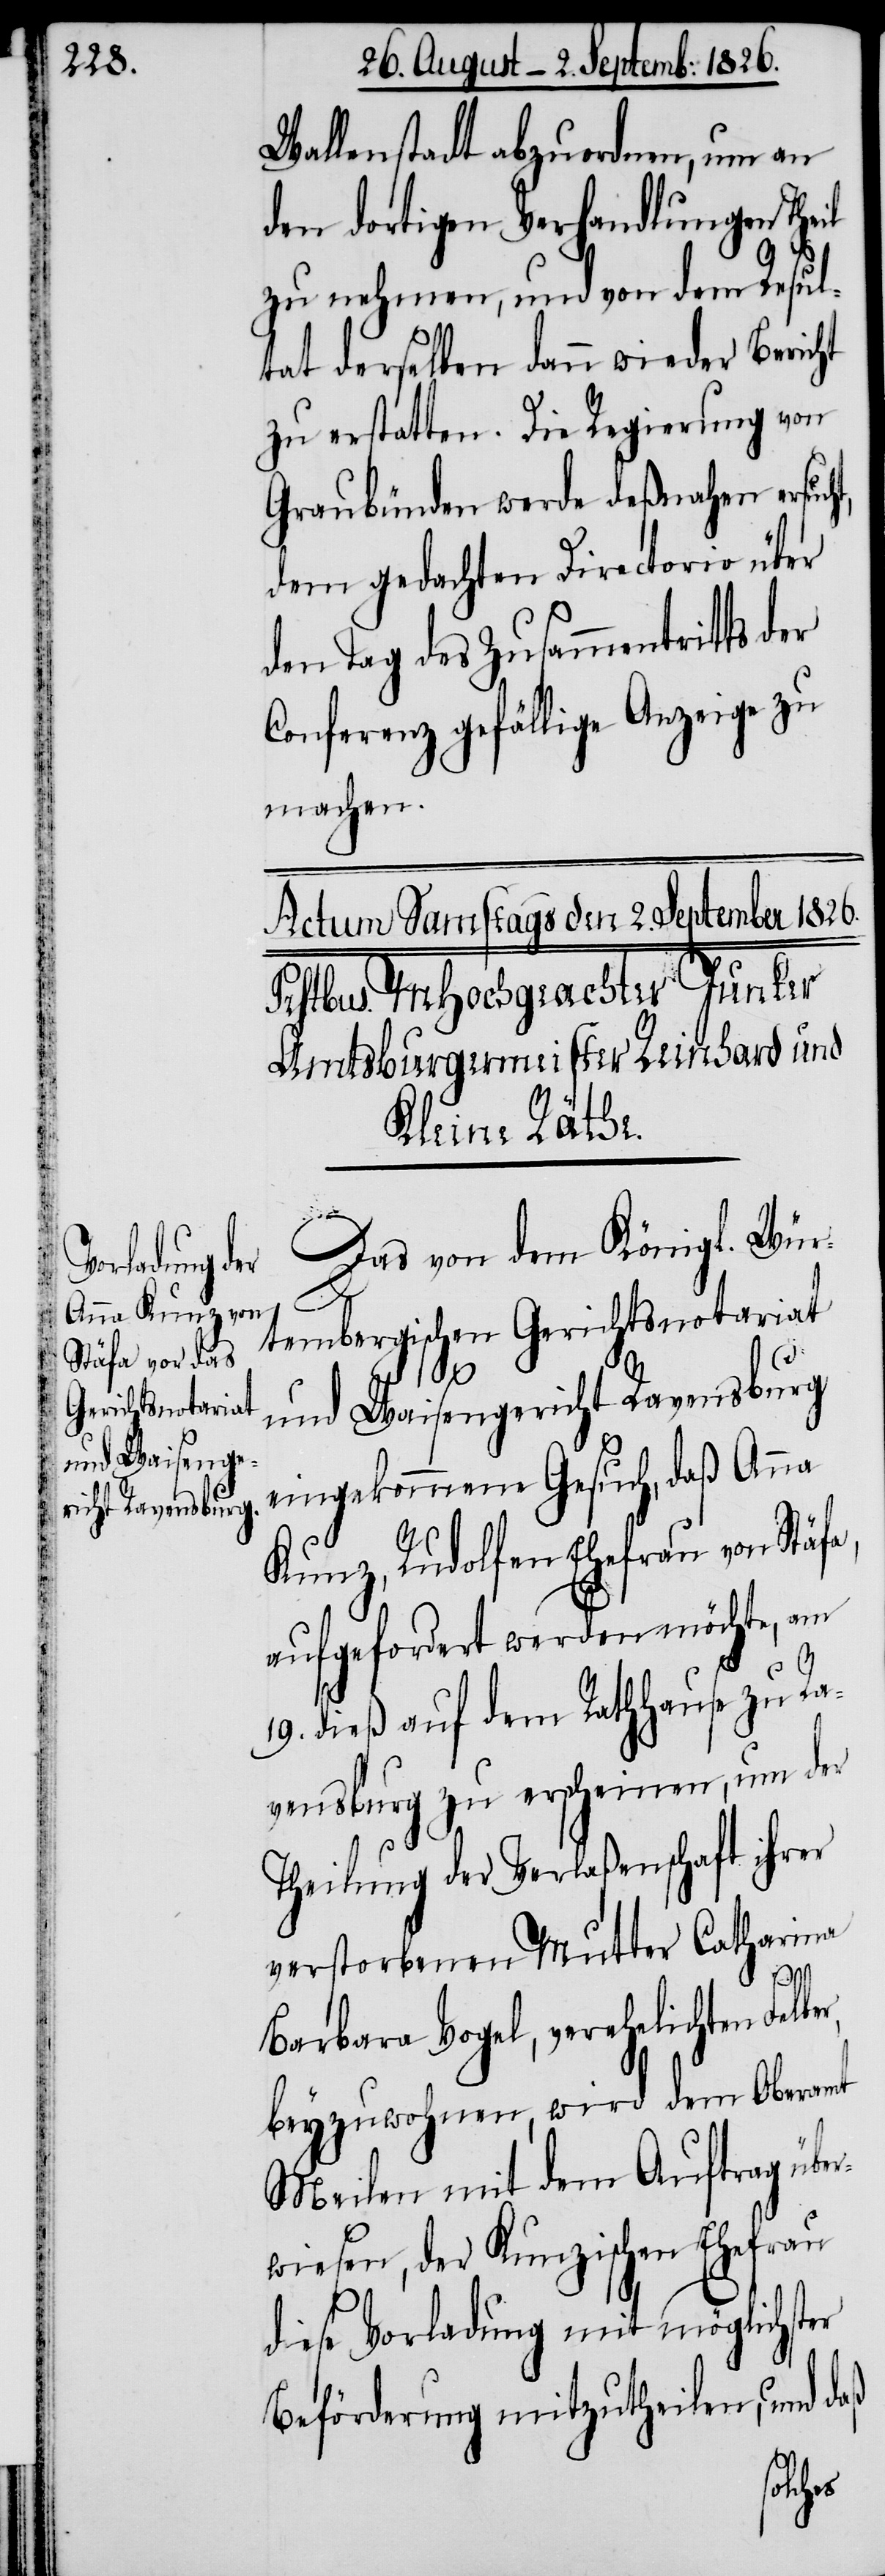
Wallenstadt abzuordnen, um an
den dortigen Verhandlungen Theil
zu nehmen, und von dem Resul¬
tat derselben dann wieder Bericht
zu erstatten. Die Regierung von
Graubünden werde deßnahen ersuc¬
dem gedachten Directorio über
den Tag des Zusammentritts der
Conferenz gefällige Anzeige zu
machen.
Das von dem Königl. Wür¬
tembergischen Gerichtsnotariat
und Waisengericht Ravensburg
eingekommene Gesuch, daß Anna
Kunz, Rudolfen Ehefrau von Stäfa,
aufgefordert werden möchte, am
r,
19. dieß auf dem Rathhause zu Ra¬
vensburg zu erscheinen, um der
Theilung der Verlaßenschaft ihrer
verstorbenen Mutter Catharina
ht,
Barbara Vogel, verehelichten Felbe¬
beyzuwohnen, wird dem Oberamt
Meilen mit dem Auftrag übe¬
rwiesen, der Kunzischen Ehefrau
diese Vorladung mit möglichster
Beförderung mitzutheilen, und daß